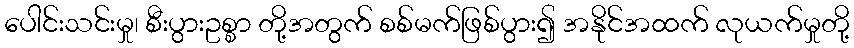
ပေါင်းသင်းမှု၊ စီးပွားဥစ္စာ တို့အတွက် စစ်မက်ဖြစ်ပွား၍ အနိုင်အထက် လုယက်မှုတို့